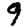
Digit: 9